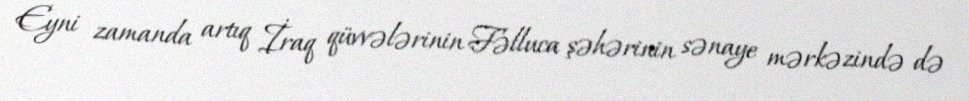
Eyni zamanda artıq İraq qüvvələrinin Fəlluca şəhərinin sənaye mərkəzində də